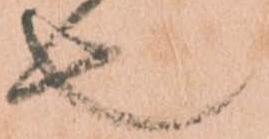
也